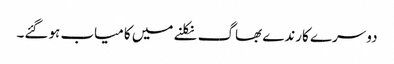
دوسرے کارندے بھاگ نکلنے میں کامیاب ہوگئے۔